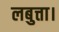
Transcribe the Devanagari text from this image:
लबुत्ता।